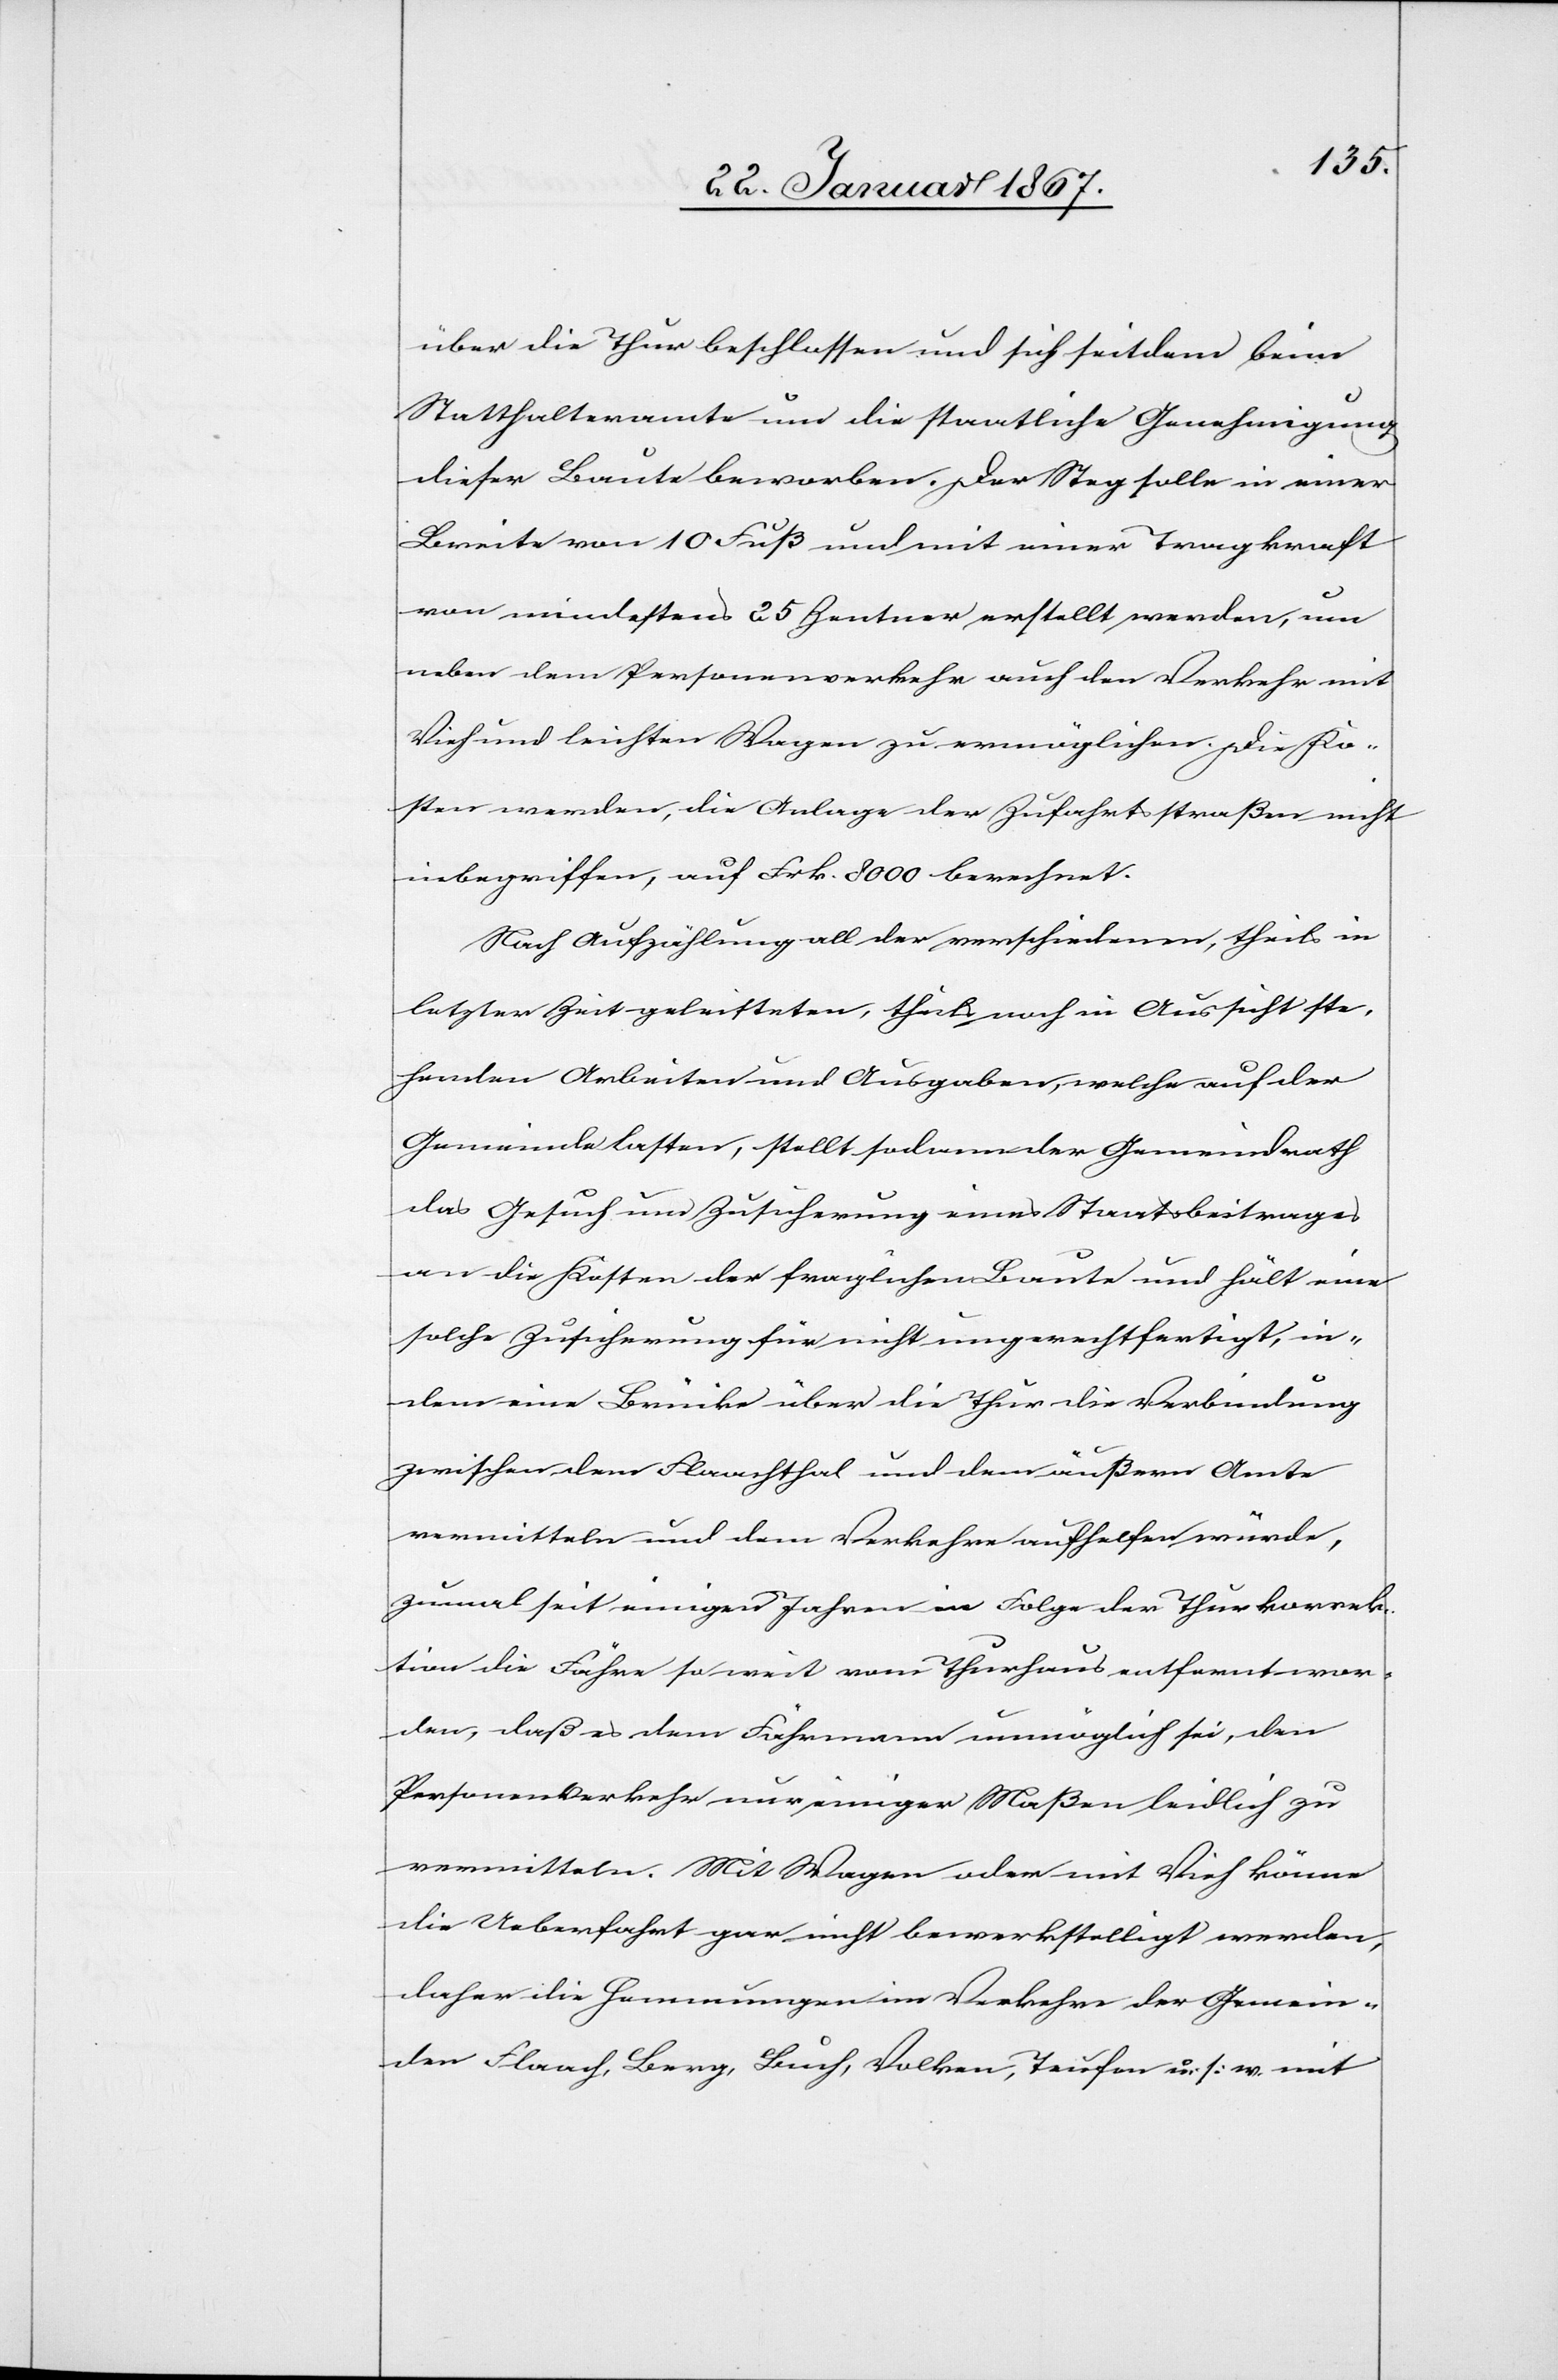
über die Thur beschlossen und sich seitdem beim
Statthalteramte um die staatliche Genehmigung
dieser Baute beworben. Der Steg solle in einer
Breite von 10 Fuß und mit einer Tragkraft
von mindestens 25 Zentner erstellt werden, um
neben dem Personenverkehr auch den Verkehr mit
Vieh und leichten Wagen zu ermöglichen. Die Ko¬
sten werden, die Anlage der Zufahrtsstraße nicht
inbegriffen, auf Frk. 8000 berechnet.
Nach Aufzählung all der verschiedenen, theils in
letzter Zeit geleisteter, theils noch in Aussicht ste¬
henden Arbeiten und Ausgaben, welche auf der
Gemeinde lasten, stellt sodann der Gemeindrath
das Gesuch um Zusicherung eines Staatsbeitrages
an die Kosten der fraglichen Baute und hält eine
solche Zusicherung für nicht ungerechtfertigt, in¬
dem eine Brücke über die Thur die Verbindung
zwischen dem Flaachthal und dem äußeren Amte
vermitteln und dem Verkehr aufhelfen würde,
zumal seit einigen Jahren in Folge der Thurkorrek¬
tion die Fähre so weit vom Thurhaus entfernt wor¬
den, daß es dem Fährmann unmöglich sei, den
Personenverkehr nur einiger Maßen leidlich zu
vermitteln. Mit Wagen oder mit Vieh könne
die Ueberfahrt gar nicht bewerkstelligt werden,
daher die Hemmungen im Verkehr der Gemein¬
den Flaach, Berg, Buch, Volken, Teufen u. s. w. mit